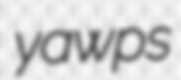
yawps